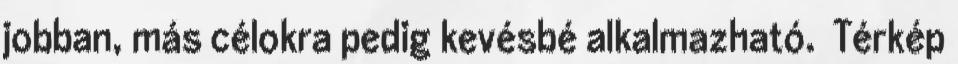
jobban, más célokra pedig kevésbé alkalmazható. Térkép